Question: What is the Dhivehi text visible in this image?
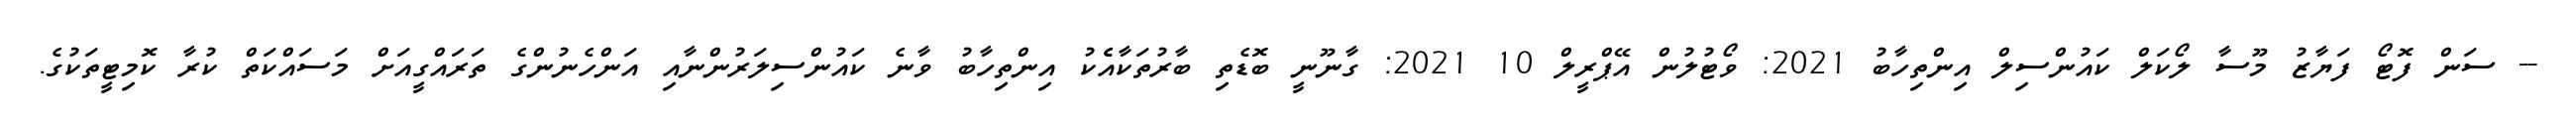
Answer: -- ސަން ފޮޓޯ ފަޔާޒު މޫސާ ލޯކަލް ކައުންސިލް އިންތިހާބު 2021: ވޯޓުލުން އޭޕްރީލް 10 2021: ގާނޫނީ ބޮޑެތި ބާރުތަކާއެެކު އިންތިހާބު ވާނެ ކައުންސިލަރުންނާއި އަންހެނުންގެ ތަރައްގީއަށް މަސައްކަތް ކުރާ ކޮމިޓީތަކުގެ.